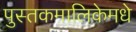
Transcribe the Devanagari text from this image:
पुस्तकमालिकेमधे